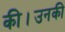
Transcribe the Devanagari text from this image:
की।उनकी